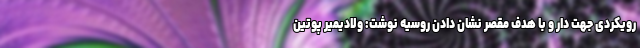
رویکردی جهت دار و با هدف مقصر نشان دادن روسیه نوشت: ولادیمیر پوتین